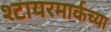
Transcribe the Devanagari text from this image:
श्टायरमार्कच्या